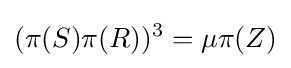
(\pi (S)\pi (R))^{3}=\mu \pi (Z)